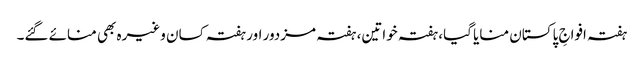
ہفتہ افواجِ پاکستان منایا گیا، ہفتہ خواتین، ہفتہ مزدور اور ہفتہ کسان وغیرہ بھی منائے گئے۔